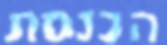
הכנסת